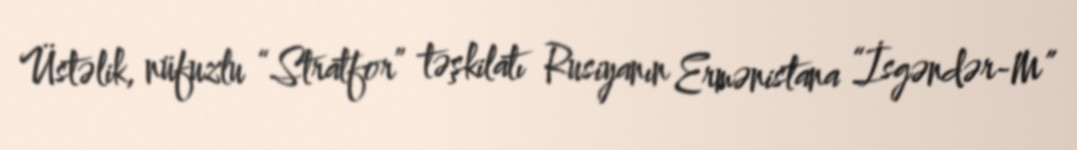
Üstəlik, nüfuzlu “Stratfor” təşkilatı Rusiyanın Ermənistana “İsgəndər-M”